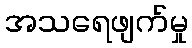
အသရေဖျက်မှု